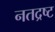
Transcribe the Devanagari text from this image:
नतद्रष्ट